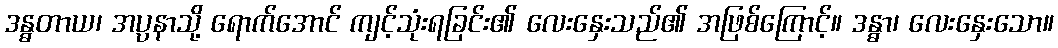
ဒန္ဓတာယ၊ အပ္ပနာသို့ ရောက်အောင် ကျင့်သုံးရခြင်း၏ လေးနှေးသည်၏ အဖြစ်ကြောင့်။ ဒန္ဓာ၊ လေးနှေးသော။